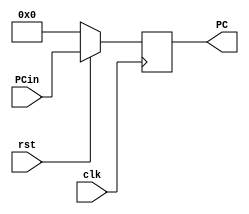
module ProgramCounter(input [7:0]PCin,
	              input clk, rst,
		      output reg [7:0]PC);

  always@(posedge clk)
  begin
    if (~rst) PC = 0;
    else PC = PCin;
  end

endmodule